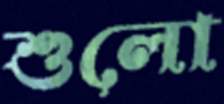
শুলো